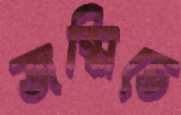
জন্মিতে